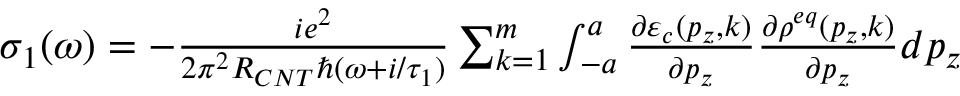
\begin{array} { r } { \sigma _ { 1 } ( \omega ) = - \frac { i e ^ { 2 } } { 2 \pi ^ { 2 } R _ { C N T } \hbar ( \omega + i / \tau _ { 1 } ) } \sum _ { k = 1 } ^ { m } \int _ { - a } ^ { a } \frac { \partial \varepsilon _ { c } ( p _ { z } , k ) } { \partial p _ { z } } \frac { \partial \rho ^ { e q } ( p _ { z } , k ) } { \partial p _ { z } } d p _ { z } } \end{array}